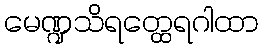
မေဏ္ဍသိရတ္ထေရဂါထာ